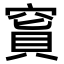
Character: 𥧅